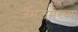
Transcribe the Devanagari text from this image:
जैसलमेरच्या